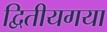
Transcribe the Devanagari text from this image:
द्वितीयगया